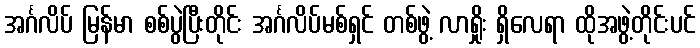
အင်္ဂလိပ် မြန်မာ စစ်ပွဲပြီးတိုင်း အင်္ဂလိပ်မစ်ရှင် တစ်ဖွဲ့ လာရှိုး ရှိလေရာ ထိုအဖွဲ့တိုင်းပင်